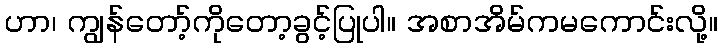
ဟာ၊ ကျွန်တော့်ကိုတော့ခွင့်ပြုပါ။ အစာအိမ်ကမကောင်းလို့။